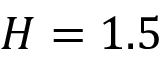
H = 1 . 5